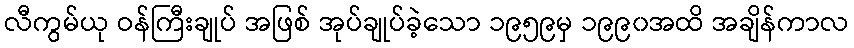
လီကွမ်ယု ဝန်ကြီးချုပ် အဖြစ် အုပ်ချုပ်ခဲ့သော ၁၉၅၉မှ ၁၉၉၀အထိ အချိန်ကာလ